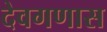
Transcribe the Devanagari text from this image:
देवगणास